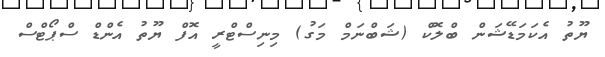
ޔޫތު އެކަމަޑޭޝަން ބްލޮކް (ޝަބްނަމް މަގު) މިނިސްޓްރީ އޮފް ޔޫތު އެންޑް ސްޕޯޓްސް